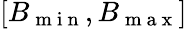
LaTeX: \left[B_{\mathrm{~m~i~n~}},B_{\mathrm{~m~a~x~}}\right]